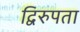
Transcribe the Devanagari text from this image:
द्विरुपता